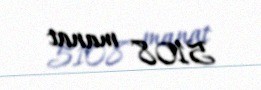
5108 manat